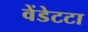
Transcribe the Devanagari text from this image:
वेंडेटटा